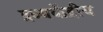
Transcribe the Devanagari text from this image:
द्रव्यकेंद्रीय